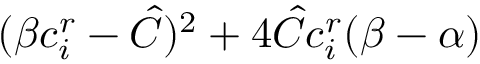
( \beta c _ { i } ^ { r } - \hat { C } ) ^ { 2 } + 4 \hat { C } c _ { i } ^ { r } ( \beta - \alpha )